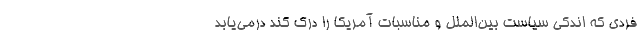
فردی که اندکی سیاست بین‌الملل و مناسبات آمریکا را درک کند درمی‌یابد